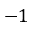
- 1